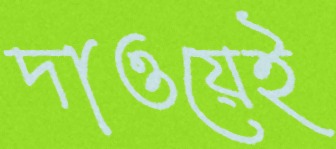
দাওয়েই